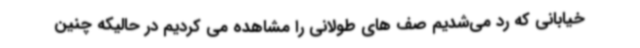
خیابانی که رد می‌شدیم صف های طولانی را مشاهده می کردیم در حالیکه چنین